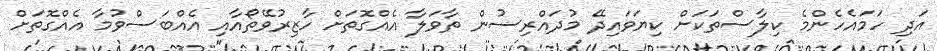
އަދި ހަމައެހެންމެ ކިލާސްތަކަށް ކިޔަވައިދޭ މުދައްރިސުން ތާވަލާ އެއްގޮތަށް ހާޒިރުވޭތޯއާއި އެއްބަސްވުމާ އެއްގޮތަށް